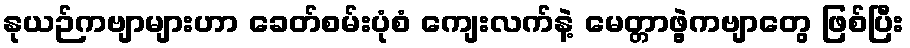
နုယဉ်ကဗျာများဟာ ခေတ်စမ်းပုံစံ ကျေးလက်နဲ့ မေတ္တာဖွဲ့ကဗျာတွေ ဖြစ်ပြီး